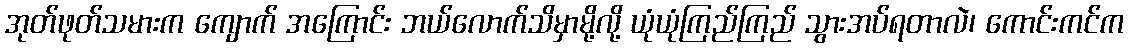
အုတ်ဖုတ်သမားက ကျောက် အကြောင်း ဘယ်လောက်သိမှာမို့လို့ ယုံယုံကြည်ကြည် သွားအပ်ရတာလဲ၊ ကောင်းကင်က